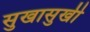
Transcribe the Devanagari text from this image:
सुखासुखी